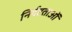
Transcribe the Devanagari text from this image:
निर्दष्टताओं